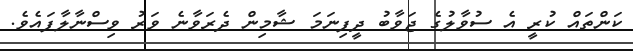
ކަންތައް ކުރީ އެ ސުވާލުގެ ޖަވާބު ދީފިނަމަ ޝާމިން ދެރަވާނެ ވަރު ވިސްނާލާފައެވެ.